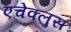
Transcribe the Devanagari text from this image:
एचेक्लुस